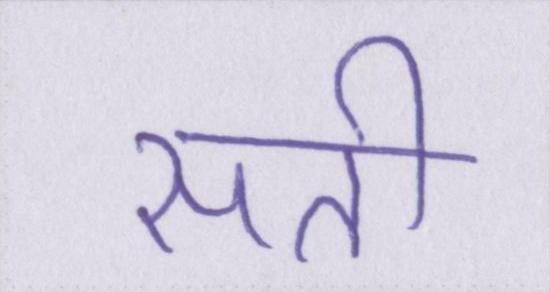
सती